King Institute of Preventive Medicine Micro-Biological Section reports 1909-11
Year: 1909
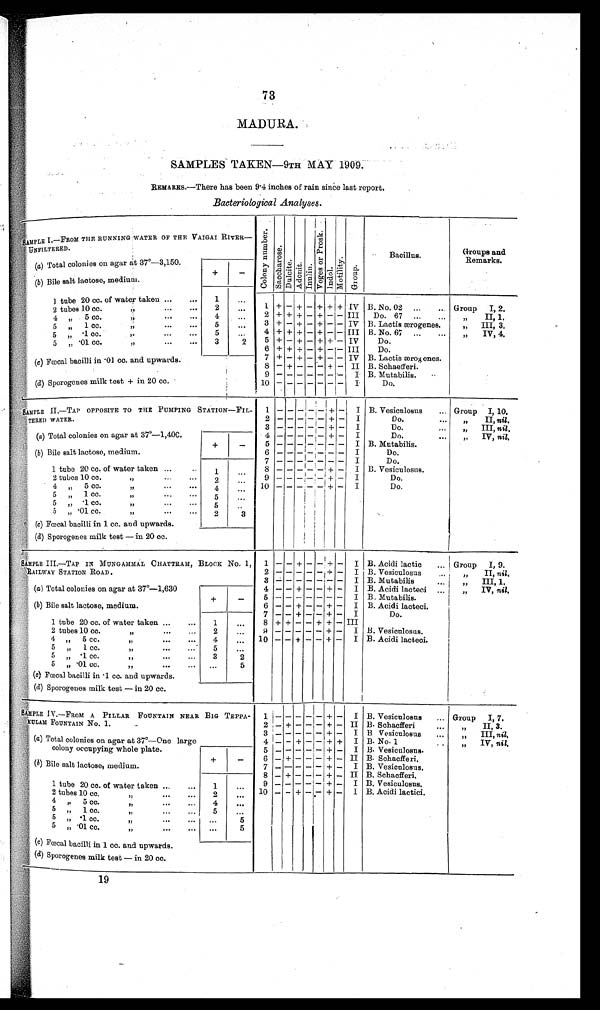
73
MADURA.
SAMPLES TAKEN—9TH MAY 1909.
REMARKS.—There has been 9.4 inches of rain since last report.
Bacteriological Analyses.
SAMPLE I.—FROM THE RUNNING WATER OF THE VAIGAI RIVER—
UNFILTERED.
Co l o n y n u mb e r .
S a c c h a r o s e .
Dul c i t e .
Adoni t . Inul i n.
V o g e s o r P r o s k .
I n d o l .
Mo t i l i t y .
Group.
Bacillus.
Groups and
Remarks.
(a ) Total colonies on agar at 37°—3,150.
+
—
(b ) Bile salt lactose, medium.
1 tube 20 cc. of water taken ... ...
1
. . .
2 tubes 10 cc. „
2
...
1 + — + — + + + IV B. No. 02 ...
.. Group
I, 2.
4 „ 5 cc. „
4
...
2 + + + — + — — III
Do. 67 ...
...
„ II, 1.
5 „ 1 cc. „
5
. . .
3 + — + — + — — IV B. Lactis ærogenes.
,,
III, 3.
5 „ .1 cc. „
5
...
4 + + + — + — — III B. No. 67 ...
...
„ IV, 4.
5 „ . 0 1 c c . „
3
2
5 + — + — + + — IV
Do.
6 + + + — + — — III
Do.
7 + — + — + — — IV B. Lactis ærogenes.
( c ) Fœcal bacilli in .01 cc. and upwards.
8 — + — — — + — II B. Schaefferi.
9 — — — —— —— I B. Mutabilis.
.•
(d) Sporogenes milk test + in 20 cc.
10 — — — —— —— I
Do.
SAMPLE II.—TAP OPPOSITE TO THE PUMPING STATION—FIL-
T E R E D W A T E R .
1 — —
— —
— +
—
I B. Vesiculosus
Group I, 10.
2 — — — — —
+
— I
Do.
...
„
II, nil.
3 — — — — — + — I
Do.
...
„
III, nil.
(a) Total colonies on agar at 37°—1,40C.
4 — — — — — + — I
Do.
„
IV, nil.
+
—
5 — — — — — — — I B. Mutabilis.
(b) Bile salt lactose, medium.
6 — —— — — — — I
Do.
7 — — — — — — — I
Do.
1 tube 20 cc. of water taken ...
1
...
8 — — — — — + — I B. Vesiculosus.
2 tubes 10 cc.
„
,,
2
. . .
9 — — — — —+ — I
Do.
4
„
5 cc.
„
4
. . . 10 — — — — — + — I
Do.
5
„
1 cc.
„
,,
5
. . .
5 „ .1 cc.
„
31
5
. . .
5
„ . 0 1 c c . „
2
3
(c) Fœcal bacilli in 1 cc. and upwards.
(d) Sporogenes milk test — in 20 cc.
SAMPLE III.—TAP IN MUNGAMMAL CHATTRAM, BLOCK No. 1,
RAILWAY STATION ROAD.
1 — — + — — + — I B. Acidi lactic
... Group I, 9.
2 — —— — — + — I B. Vesiculosus
...
„
II, nil.
3 — —— — —— — I B. Mutabilis
„
III, 1.
(a) Total colonies on agar at 37°—1,630
4 — — + — — + —
I B. Acidi lacteci ...
„
IV, nil.
+
—
5 — —— — —— — I B. Mutabilis.
(b) Bile salt lactose, medium.
6 — — + — — + — I B. Acidi lacteci.
7 —— + — —+ — I
Do.
1 tube 20 cc. of water taken ...
...
1
...
8 + + — — + + — III
2 tubes 10 cc.
„
2
. . .
9 — — — — — + —
I B. Vesiculosus.
4 „ 5 cc.
„
...
...
4
...
10 — — + — — + —
I B. Acidi lacteci.
5 „ 1 cc.
„
5
. . .
5
„ .1 cc. „
3
2
5 „ .01 cc.
„
...
5
(c) Fœcal bacilli in .1 cc. and upwards.
(d) Sporogenes milk test — in 20 cc.
SAMPLE IV.—FROM A PILLAR FOUNTAIN NEAR BIG TEPPA-
KULAM FOUNTAIN No. 1.
1 — — — — —
+ — I B. Vesiculosus
... Group
I, 7.
2 — + — — — + — II B. Schacfferi
„
II, 3.
3— — — — — + — I B Vesiculosus
...
„
III, nil.
(a ) Total colonies on agar at 37°—One large
colony occupying whole plate.
4 — — + — — + + I B. No. 1
„
IV, nil.
5 — — — — — + — I B. Vesiculosus.
+
—
6 — + — — — + — II B. Schacfferi.
(b) Bile salt lactose, medium.
7 — — — — — + — I B. Vesiculosus.
8 — + — — — + — II B. Schacfferi.
1 tube 20 cc. of water taken
1
. . .
9
—— — ——— + — I B. Vesiculosus.
2 tubes 10 cc.
„
2
...
10 — — +
—
— + — I B. Acidi lactici.
4 „ 5 cc.
„
11
4
. . .
5
„ 1 c c . „
5
. . .
5 „ .1 cc. „
...
5
5 „ .01 cc. „
. . .
5
(c ) Fœcal bacilli in 1 cc. and upwards.
(d) Sporogenes milk test — in 20 cc.
19